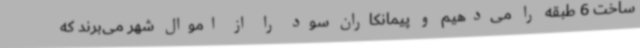
ساخت 6 طبقه را می‌دهیم ‌و پیمانکاران سود را از اموال شهر می‌برند که